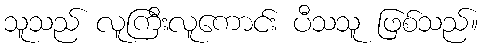
သူသည် လူကြီးလူကောင်း ပီသသူ ဖြစ်သည်။